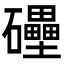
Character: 𥗬